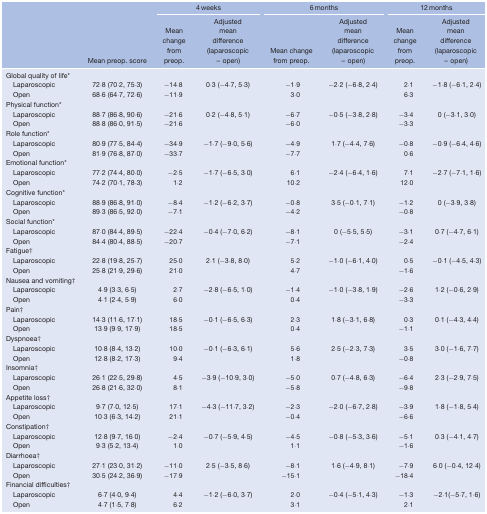
<table><thead><tr><td>[EMPTY_CELL]</td><td>[EMPTY_CELL]</td><td colspan="2"><b>4 weeks</b></td><td colspan="2"><b>6 months</b></td><td colspan="2"><b>12 months</b></td></tr><tr><td>[EMPTY_CELL]</td><td><b>Mean preop. score</b></td><td><b>Mean change from preop.</b></td><td><b>Adjusted mean difference (laparoscopic – open)</b></td><td><b>Mean change from preop.</b></td><td><b>Adjusted mean difference (laparoscopic – open)</b></td><td><b>Mean change from preop.</b></td><td><b>Adjusted mean difference (laparoscopic – open)</b></td></tr></thead><tbody><tr><td>Global quality of life*</td><td>[EMPTY_CELL]</td><td>[EMPTY_CELL]</td><td>[EMPTY_CELL]</td><td>[EMPTY_CELL]</td><td>[EMPTY_CELL]</td><td>[EMPTY_CELL]</td><td>[EMPTY_CELL]</td></tr><tr><td> Laparoscopic</td><td>72·8 (70·2, 75·3)</td><td>−14.8</td><td rowspan="2">0·3 (−4·7, 5·3)</td><td>−1.9</td><td rowspan="2">−2·2 (−6·8, 2·4)</td><td>2.1</td><td rowspan="2">−1·8 (−6·1, 2·4)</td></tr><tr><td> Open</td><td>68·6 (64·7, 72·6)</td><td>−11.9</td><td>3.0</td><td>6.3</td></tr><tr><td>Physical function*</td><td>[EMPTY_CELL]</td><td>[EMPTY_CELL]</td><td>[EMPTY_CELL]</td><td>[EMPTY_CELL]</td><td>[EMPTY_CELL]</td><td>[EMPTY_CELL]</td><td>[EMPTY_CELL]</td></tr><tr><td> Laparoscopic</td><td>88·7 (86·8, 90·6)</td><td>−21.6</td><td rowspan="2">0·2 (−4·8, 5·1)</td><td>−6.7</td><td rowspan="2">−0·5 (−3·8, 2·8)</td><td>−3.4</td><td rowspan="2">0 (−3·1, 3·0)</td></tr><tr><td> Open</td><td>88·8 (86·0, 91·5)</td><td>−21.6</td><td>−6.0</td><td>−3.3</td></tr><tr><td>Role function*</td><td>[EMPTY_CELL]</td><td>[EMPTY_CELL]</td><td>[EMPTY_CELL]</td><td>[EMPTY_CELL]</td><td>[EMPTY_CELL]</td><td>[EMPTY_CELL]</td><td>[EMPTY_CELL]</td></tr><tr><td> Laparoscopic</td><td>80·9 (77·5, 84·4)</td><td>−34.9</td><td rowspan="2">−1·7 (−9·0, 5·6)</td><td>−4.9</td><td rowspan="2">1·7 (−4·4, 7·6)</td><td>−0.8</td><td rowspan="2">−0·9 (−6·4, 4·6)</td></tr><tr><td> Open</td><td>81·9 (76·8, 87·0)</td><td>−33.7</td><td>−7.7</td><td>0.6</td></tr><tr><td>Emotional function*</td><td>[EMPTY_CELL]</td><td>[EMPTY_CELL]</td><td>[EMPTY_CELL]</td><td>[EMPTY_CELL]</td><td>[EMPTY_CELL]</td><td>[EMPTY_CELL]</td><td>[EMPTY_CELL]</td></tr><tr><td> Laparoscopic</td><td>77·2 (74·4, 80·0)</td><td>−2.5</td><td rowspan="2">−1·7 (−6·5, 3·0)</td><td>6.1</td><td rowspan="2">−2·4 (−6·4, 1·6)</td><td>7.1</td><td rowspan="2">−2·7 (−7·1, 1·6)</td></tr><tr><td> Open</td><td>74·2 (70·1, 78·3)</td><td>1.2</td><td>10.2</td><td>12.0</td></tr><tr><td>Cognitive function*</td><td>[EMPTY_CELL]</td><td>[EMPTY_CELL]</td><td>[EMPTY_CELL]</td><td>[EMPTY_CELL]</td><td>[EMPTY_CELL]</td><td>[EMPTY_CELL]</td><td>[EMPTY_CELL]</td></tr><tr><td> Laparoscopic</td><td>88·9 (86·8, 91·0)</td><td>−8.4</td><td rowspan="2">−1·2 (−6·2, 3·7)</td><td>−0.8</td><td rowspan="2">3·5 (−0·1, 7·1)</td><td>−1.2</td><td rowspan="2">0 (−3·9, 3·8)</td></tr><tr><td> Open</td><td>89·3 (86·5, 92·0)</td><td>−7.1</td><td>−4.2</td><td>−0.8</td></tr><tr><td>Social function*</td><td>[EMPTY_CELL]</td><td>[EMPTY_CELL]</td><td>[EMPTY_CELL]</td><td>[EMPTY_CELL]</td><td>[EMPTY_CELL]</td><td>[EMPTY_CELL]</td><td>[EMPTY_CELL]</td></tr><tr><td> Laparoscopic</td><td>87·0 (84·4, 89·5)</td><td>−22.4</td><td rowspan="2">−0·4 (−7·0, 6·2)</td><td>−8.1</td><td rowspan="2">0 (−5·5, 5·5)</td><td>−3.1</td><td rowspan="2">0·7 (−4·7, 6·1)</td></tr><tr><td> Open</td><td>84·4 (80·4, 88·5)</td><td>−20.7</td><td>−7.1</td><td>−2.4</td></tr><tr><td>Fatigue†</td><td>[EMPTY_CELL]</td><td>[EMPTY_CELL]</td><td>[EMPTY_CELL]</td><td>[EMPTY_CELL]</td><td>[EMPTY_CELL]</td><td>[EMPTY_CELL]</td><td>[EMPTY_CELL]</td></tr><tr><td> Laparoscopic</td><td>22·8 (19·8, 25·7)</td><td>25.0</td><td rowspan="2">2·1 (−3·8, 8·0)</td><td>5.2</td><td rowspan="2">−1·0 (−6·1, 4·0)</td><td>0.5</td><td rowspan="2">−0·1 (−4·5, 4·3)</td></tr><tr><td> Open</td><td>25·8 (21·9, 29·6)</td><td>21.0</td><td>4.7</td><td>−1.6</td></tr><tr><td>Nausea and vomiting†</td><td>[EMPTY_CELL]</td><td>[EMPTY_CELL]</td><td>[EMPTY_CELL]</td><td>[EMPTY_CELL]</td><td>[EMPTY_CELL]</td><td>[EMPTY_CELL]</td><td>[EMPTY_CELL]</td></tr><tr><td> Laparoscopic</td><td>4·9 (3·3, 6·5)</td><td>2.7</td><td rowspan="2">−2·8 (−6·5, 1·0)</td><td>−1.4</td><td rowspan="2">−1·0 (−3·8, 1·9)</td><td>−2.6</td><td rowspan="2">1·2 (−0·6, 2·9)</td></tr><tr><td> Open</td><td>4·1 (2·4, 5·9)</td><td>6.0</td><td>0.4</td><td>−3.3</td></tr><tr><td>Pain†</td><td>[EMPTY_CELL]</td><td>[EMPTY_CELL]</td><td>[EMPTY_CELL]</td><td>[EMPTY_CELL]</td><td>[EMPTY_CELL]</td><td>[EMPTY_CELL]</td><td>[EMPTY_CELL]</td></tr><tr><td> Laparoscopic</td><td>14·3 (11·6, 17·1)</td><td>18.5</td><td rowspan="2">−0·1 (−6·5, 6·3)</td><td>2.3</td><td rowspan="2">1·8 (−3·1, 6·8)</td><td>0.3</td><td rowspan="2">0·1 (−4·3, 4·4)</td></tr><tr><td> Open</td><td>13·9 (9·9, 17·9)</td><td>18.5</td><td>0.4</td><td>−1.1</td></tr><tr><td>Dyspnoea†</td><td>[EMPTY_CELL]</td><td>[EMPTY_CELL]</td><td>[EMPTY_CELL]</td><td>[EMPTY_CELL]</td><td>[EMPTY_CELL]</td><td>[EMPTY_CELL]</td><td>[EMPTY_CELL]</td></tr><tr><td> Laparoscopic</td><td>10·8 (8·4, 13·2)</td><td>10.0</td><td rowspan="2">−0·1 (−6·3, 6·1)</td><td>5.6</td><td rowspan="2">2·5 (−2·3, 7·3)</td><td>3.5</td><td rowspan="2">3·0 (−1·6, 7·7)</td></tr><tr><td> Open</td><td>12·8 (8·2, 17·3)</td><td>9.4</td><td>1.8</td><td>−0.8</td></tr><tr><td>Insomnia†</td><td>[EMPTY_CELL]</td><td>[EMPTY_CELL]</td><td>[EMPTY_CELL]</td><td>[EMPTY_CELL]</td><td>[EMPTY_CELL]</td><td>[EMPTY_CELL]</td><td>[EMPTY_CELL]</td></tr><tr><td> Laparoscopic</td><td>26·1 (22·5, 29·8)</td><td>4.5</td><td rowspan="2">−3·9 (−10·9, 3·0)</td><td>−5.0</td><td rowspan="2">0·7 (−4·8, 6·3)</td><td>−6.4</td><td rowspan="2">2·3 (−2·9, 7·5)</td></tr><tr><td> Open</td><td>26·8 (21·6, 32·0)</td><td>8.1</td><td>−5.8</td><td>−9.8</td></tr><tr><td>Appetite loss†</td><td>[EMPTY_CELL]</td><td>[EMPTY_CELL]</td><td>[EMPTY_CELL]</td><td>[EMPTY_CELL]</td><td>[EMPTY_CELL]</td><td>[EMPTY_CELL]</td><td>[EMPTY_CELL]</td></tr><tr><td> Laparoscopic</td><td>9·7 (7·0, 12·5)</td><td>17.1</td><td rowspan="2">−4·3 (−11·7, 3·2)</td><td>−2.3</td><td rowspan="2">−2·0 (−6·7, 2·8)</td><td>−3.9</td><td rowspan="2">1·8 (−1·8, 5·4)</td></tr><tr><td> Open</td><td>10·3 (6·3, 14·2)</td><td>21.1</td><td>−0.4</td><td>−6.6</td></tr><tr><td>Constipation†</td><td>[EMPTY_CELL]</td><td>[EMPTY_CELL]</td><td>[EMPTY_CELL]</td><td>[EMPTY_CELL]</td><td>[EMPTY_CELL]</td><td>[EMPTY_CELL]</td><td>[EMPTY_CELL]</td></tr><tr><td> Laparoscopic</td><td>12·8 (9·7, 16·0)</td><td>−2.4</td><td rowspan="2">−0·7 (−5·9, 4·5)</td><td>−4.5</td><td rowspan="2">−0·8 (−5·3, 3·6)</td><td>−5.1</td><td rowspan="2">0·3 (−4·1, 4·7)</td></tr><tr><td> Open</td><td>9·3 (5·2, 13·4)</td><td>1.0</td><td>1.1</td><td>−1.6</td></tr><tr><td>Diarrhoea†</td><td>[EMPTY_CELL]</td><td>[EMPTY_CELL]</td><td>[EMPTY_CELL]</td><td>[EMPTY_CELL]</td><td>[EMPTY_CELL]</td><td>[EMPTY_CELL]</td><td>[EMPTY_CELL]</td></tr><tr><td> Laparoscopic</td><td>27·1 (23·0, 31·2)</td><td>−11.0</td><td rowspan="2">2·5 (−3·5, 8·6)</td><td>−8.1</td><td rowspan="2">1·6 (−4·9, 8·1)</td><td>−7.9</td><td rowspan="2">6·0 (−0·4, 12·4)</td></tr><tr><td> Open</td><td>30·5 (24·2, 36·9)</td><td>−17.9</td><td>−15.1</td><td>−18.4</td></tr><tr><td>Financial difficulties†</td><td>[EMPTY_CELL]</td><td>[EMPTY_CELL]</td><td>[EMPTY_CELL]</td><td>[EMPTY_CELL]</td><td>[EMPTY_CELL]</td><td>[EMPTY_CELL]</td><td>[EMPTY_CELL]</td></tr><tr><td> Laparoscopic</td><td>6·7 (4·0, 9·4)</td><td>4.4</td><td rowspan="2">−1·2 (−6·0, 3·7)</td><td>2.0</td><td rowspan="2">−0·4 (−5·1, 4·3)</td><td>−1.3</td><td rowspan="2">−2·1(−5·7, 1·6)</td></tr><tr><td> Open</td><td>4·7 (1·5, 7·8)</td><td>6.2</td><td>3.1</td><td>2.1</td></tr></tbody></table>